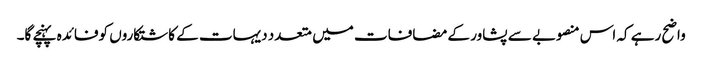
واضح رہے کہ اس منصوبے سے پشاور کے مضافات میں متعدد دیہات کے کاشتکاروں کوفائدہ پہنچے گا۔